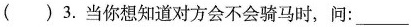
( ) 3.当你想知道对方会不会骑马时，问: ____